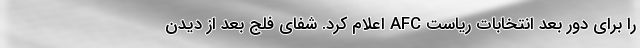
را برای دور بعد انتخابات ریاست AFC اعلام کرد. شفای فلج بعد از دیدن